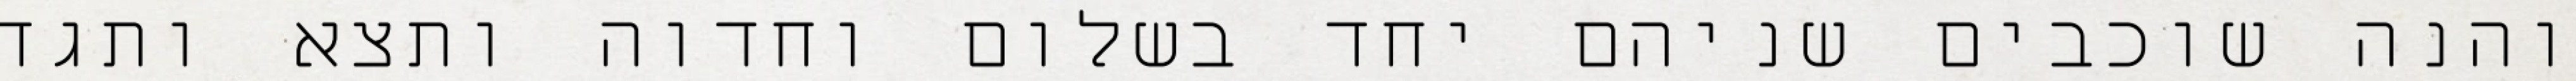
והנה שוכבים שניהם יחד בשלום וחדוה ותצא ותגד